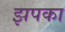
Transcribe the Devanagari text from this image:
झपका